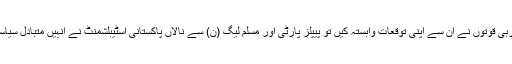
گولڈ اسمتھ کا داماد ہونے کے ناطے مغربی قوتوں نے ان سے اپنی توقعات وابستہ کیں تو پیپلز پارٹی اور مسلم لیگ (ن) سے نالاں پاکستانی اسٹیبلشمنٹ نے انہیں متبادل سیاسی قوت بنانے کے لئے ان کا انتخاب کیا۔